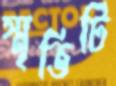
স্মৃতিটি